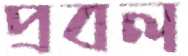
প্রবল